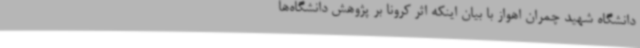
دانشگاه شهید چمران اهواز با بیان اینکه اثر کرونا بر پژوهش دانشگاه‌ها